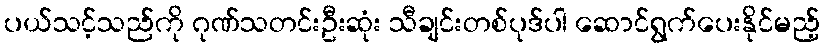
ပယ်သင့်သည်ကို ဂုဏ်သတင်းဦးဆုံး သီချင်းတစ်ပုဒ်ပါ ဆောင်ရွက်ပေးနိုင်မည့်